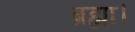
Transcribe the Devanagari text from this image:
ब्रह्मा।